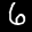
Label: 6